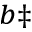
^ { b \ddag }